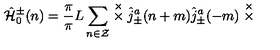
\hat { \cal H } _ { 0 } ^ { \pm } ( n ) = \frac { \pi } { \pi } { L } \sum _ { n \in \cal Z } \stackrel { \times } { \times } \hat { j } _ { \pm } ^ { a } ( n + m ) \hat { j } _ { \pm } ^ { a } ( - m ) \stackrel { \times } { \times }